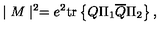
\mid M \mid ^ { 2 } = e ^ { 2 } \mathrm { t r } \left\{ Q \Pi _ { 1 } \overline { { Q } } \Pi _ { 2 } \right\} ,